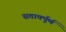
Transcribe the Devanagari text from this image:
सतार्क्पूर्ण